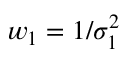
w _ { 1 } = 1 / \sigma _ { 1 } ^ { 2 }